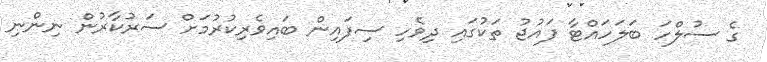
ގެ ސުލްހަ ބަލަހައްޓާ ފައުޖު ތަކުގައި ދިވެހި ސިފައިން ބައިވެރިކުރުމަށް ސަރުކާރުން ނިންނި